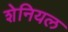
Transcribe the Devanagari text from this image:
शेनियल